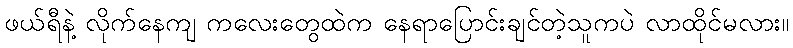
ဖယ်ရီနဲ့ လိုက်နေကျ ကလေးတွေထဲက နေရာပြောင်းချင်တဲ့သူကပဲ လာထိုင်မလား။